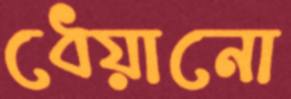
ধেয়ানো